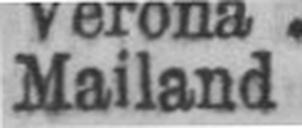
Mailand